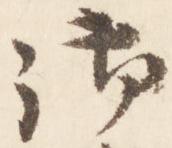
御